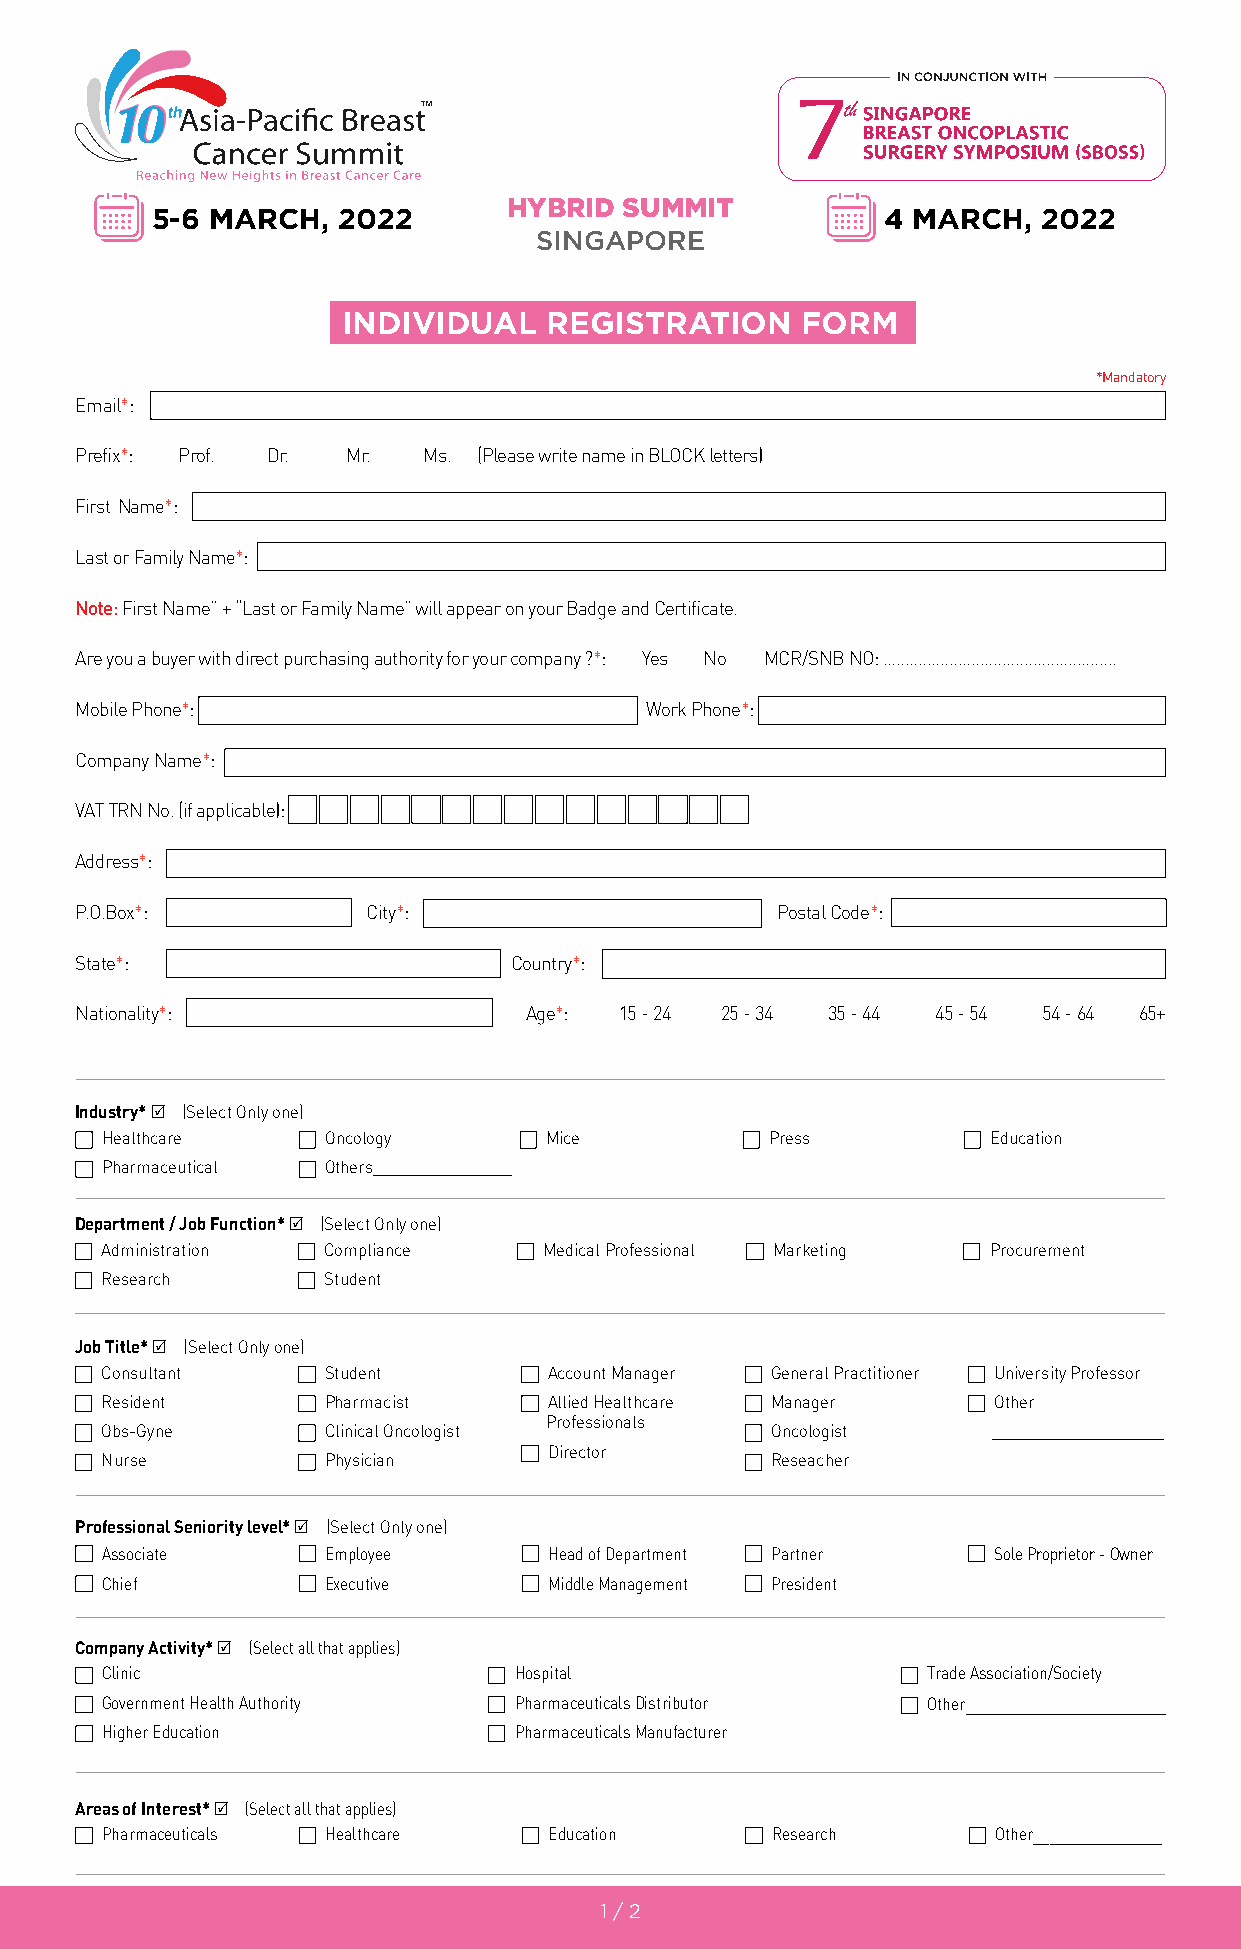
55--66 MMAARRCCHH,, 22002222 HHYYBBRRIIDD SSUUMMMMIITT 44 MMAARRCCHH,, 22002222
 SSIINNGGAAPPOORREE
 INDIVIDUAL   REGISTRATION     FORM
 *Mandatory
 Email*:
 Prefix*: Prof. Dr. Mr. Ms. (Please write name in BLOCK letters)
 First Name*:
 Last or Family Name*:
 Note: First Name” + “Last or Family Name” will appear on your Badge and Certificate.
 Are you a buyer with direct purchasing authority for your company ?:* Yes No MCR/SNB NO: .....................................................
 Mobile Phone*:                        Work Phone*:
 Company Name*:
 VAT TRN No. (if applicable):
 Address*:
 P.O.Box*:          City*:                     Postal Code*:
 State*:                      Country*:
 Nationality*:                 Age*: 15 - 24 25 - 34 35 - 44 45 - 54 54 - 64 65+
 Industry* R (Select Only one)
 Healthcare    Oncology       Mice           Press         Education
 Pharmaceutical Others________________
 Department / Job Function* R (Select Only one)
 Administration Compliance    Medical Professional Marketing Procurement
 Research      Student
 Job Title* R (Select Only one)
 Consultant    Student        Account Manager General Practitioner University Professor
 Resident      Pharmacist     Allied Healthcare Manager     Other
 Professionals
 Obs-Gyne      Clinical Oncologist           Oncologist     ____________________
 Director
 Nurse         Physician                     Reseacher
 Professional Seniority level* R (Select Only one)
 Associate     Employee       Head of Department Partner    Sole Proprietor - Owner
 Chief         Executive      Middle Management President
 Company Activity* R (Select all that applies)
 Clinic                     Hospital                   Trade Association/Society
 Government Health Authority Pharmaceuticals Distributor Other_________________________
 Higher Education           Pharmaceuticals Manufacturer
 Areas of Interest* R (Select all that applies)
 Pharmaceuticals Healthcare   Education      Research       Other________________
 1 / 2